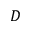
D